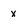
Character: x